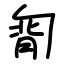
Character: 㔨